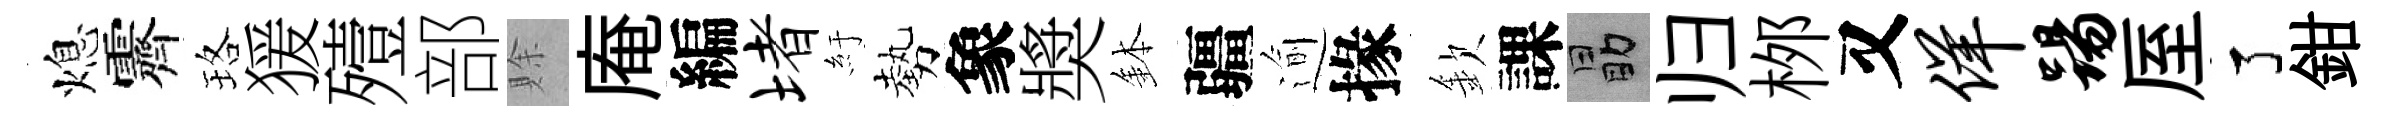
熄霽珞猨殪部賖庵編堵紆勢象奬鉢疆逾掾欽課勗归桞又佯踢厔了鉗